Tartu_kinnistusamet, lk 42
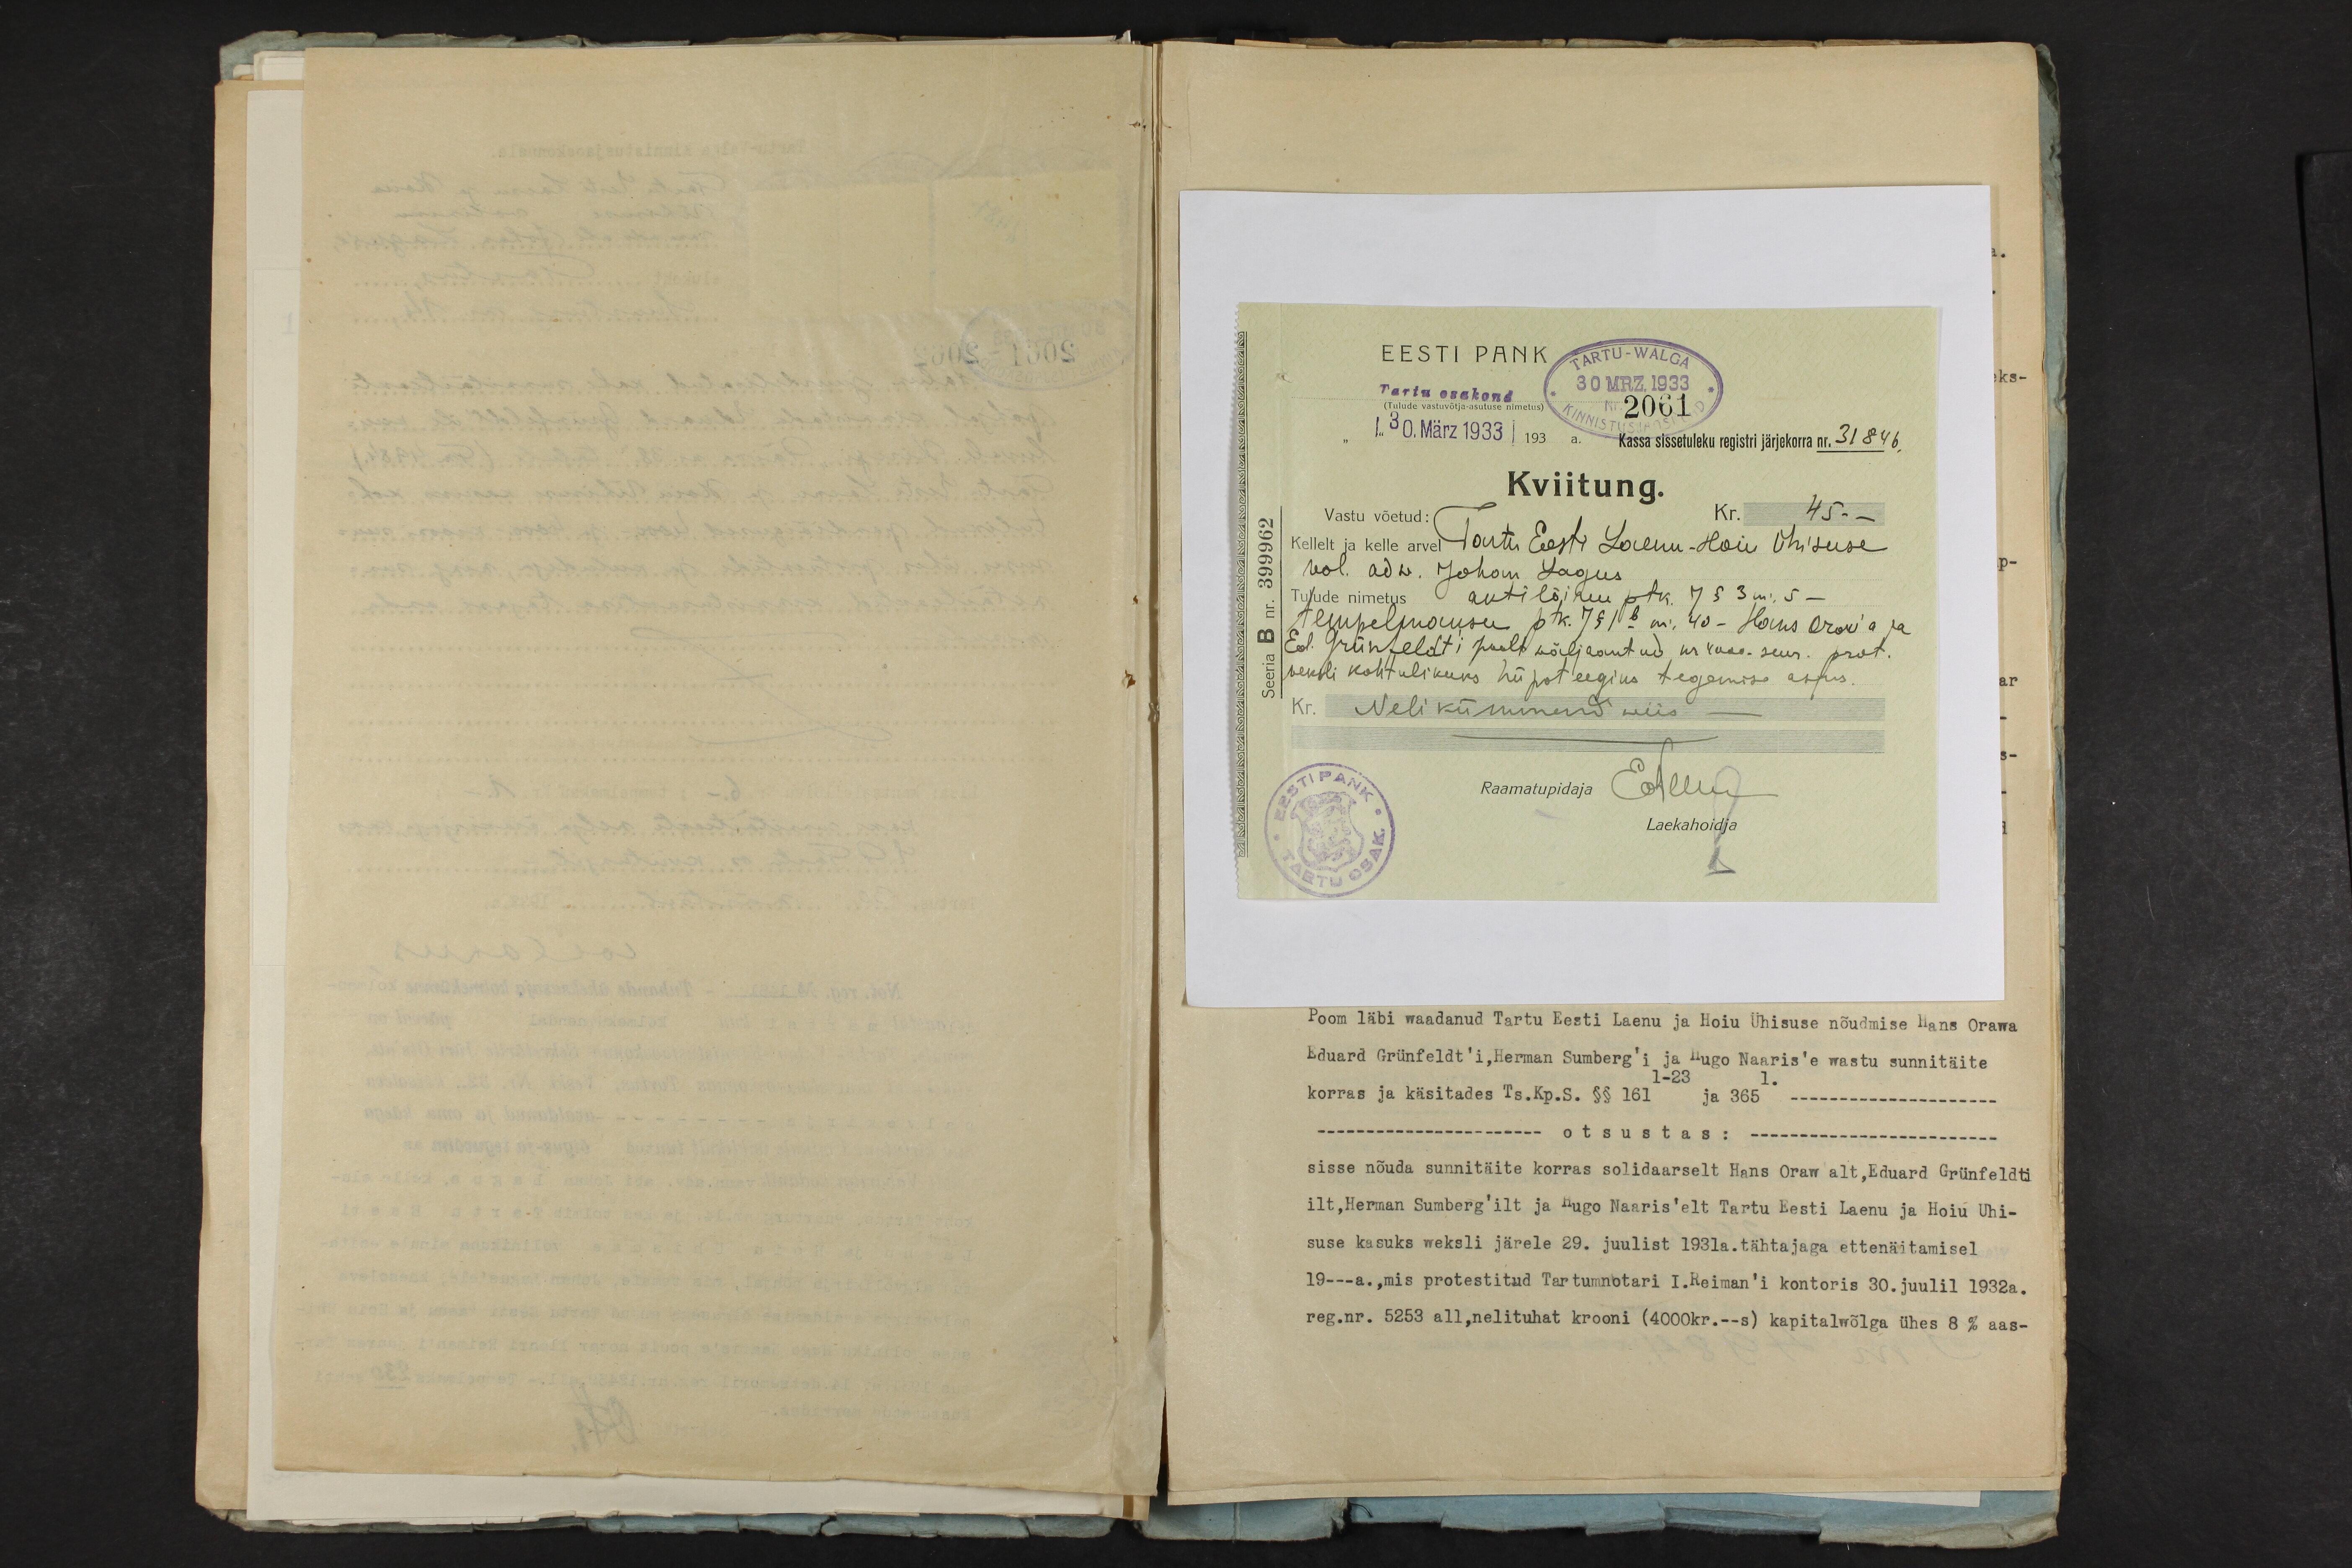
EESTI PANK
TARTU-WALGA
Tartu osakond
30 MRZ 1933
(Tulude vastuvõtja-asutuse nimetus)
Nr. 2061
["30. März 1933] 193 a. Kassa sissetuleku registri järjekorra nr. 31846,
Kviitung.
Vastu võetud:
Kr. 45.-
Seeria B nr. 399962
Kellelt ja kelle arvel Tartu Eesti Laenu - Hoiu Ühisuse
vol. adw. Johann Lagus.
Tulude nimetus aktilõivu ptk. 7 § 3 m. 5 -
tempelmaksu ptk. 7 §. 1 b m 40 - Hans Orav'a ja
Ed. Grünfeldt'i poolt wäljaantud, nr 4000-suur. prot.
veksli kohtulikuks hüpoteegiks tegemise asjus.
Nelikümmend wiis
Raamatupidaja Allin
Laekahoidja

Poom läbi waadanud Tartu Eesti Laenu ja Hoiu Ühisuse nõudmise Hans Orawa
Eduard Grünfeldt'i, Herman Sumberg'i ja Hugo Naaris'e wastu sunnitäite
1-23
korras ja käsitades Ts.Kp.S. §§ 161 ja 368 " - "
otsustas:
sisse nõuda sunnitäite korras solidaarselt Hans Oraw alt, Eduard Grünfeldti
ilt, Herman Sumberg'lt ja Hugo Naaris'elt Tartu Eesti Laenu ja Hoiu Ühi-
suse kasuks weksli järele 29. juulist 1931.a. tähtajaga ettenäitamisel
19 - a., mis protestitud Tartu notari I.Reiman'i kontoris 30. juulil 1932a.
reg.nr. 5253 all,nelituhat krooni (4000kr.-s) kapitalwõlga ühes 8 % aas-